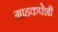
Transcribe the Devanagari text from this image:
ग्राहकपेशी